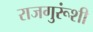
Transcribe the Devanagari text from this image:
राजगुरूंशी